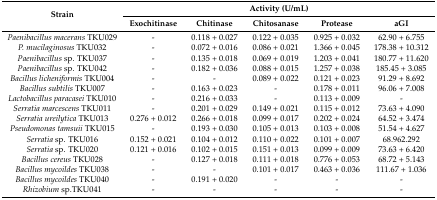
<table><thead><tr><td rowspan="2"><b>Strain</b></td><td colspan="5"><b>Activity (U/mL)</b></td></tr><tr><td><b>Exochitinase</b></td><td><b>Chitinase</b></td><td><b>Chitosanase</b></td><td><b>Protease</b></td><td><b>aGI</b></td></tr></thead><tbody><tr><td><i>Paenibacillus macerans</i> TKU029</td><td>-</td><td>0.118 + 0.027</td><td>0.122 + 0.035</td><td>0.925 + 0.032</td><td>62.90 + 6.755</td></tr><tr><td><i>P. mucilaginosus</i> TKU032</td><td>-</td><td>0.072 + 0.016</td><td>0.086 + 0.021</td><td>1.366 + 0.045</td><td>178.38 + 10.312</td></tr><tr><td><i>Paenibacillus</i> sp. TKU037</td><td>-</td><td>0.135 + 0.018</td><td>0.069 + 0.019</td><td>1.203 + 0.041</td><td>180.77 + 11.620</td></tr><tr><td><i>Paenibacillus</i> sp. TKU042</td><td>-</td><td>0.182 + 0.036</td><td>0.088 + 0.015</td><td>1.257 + 0.038</td><td>185.45 + 3.085</td></tr><tr><td><i>Bacillus licheniformis</i> TKU004</td><td>-</td><td>-</td><td>0.089 + 0.022</td><td>0.121 + 0.023</td><td>91.29 + 8.692</td></tr><tr><td><i>Bacillus subtilis</i> TKU007</td><td>-</td><td>0.163 + 0.023</td><td>-</td><td>0.178 + 0.011</td><td>96.06 + 7.008</td></tr><tr><td><i>Lactobacillus paracasei</i> TKU010</td><td>-</td><td>0.216 + 0.033</td><td>-</td><td>0.113 + 0.009</td><td>-</td></tr><tr><td><i>Serratia marcescens</i> TKU011</td><td>-</td><td>0.201 + 0.029</td><td>0.149 + 0.021</td><td>0.115 + 0.012</td><td>73.63 + 4.090</td></tr><tr><td><i>Serratia ureilytica</i> TKU013</td><td>0.276 + 0.012</td><td>0.266 + 0.018</td><td>0.099 + 0.017</td><td>0.202 + 0.024</td><td>64.52 + 3.474</td></tr><tr><td><i>Pseudomonas tamsuii</i> TKU015</td><td>-</td><td>0.193 + 0.030</td><td>0.105 + 0.013</td><td>0.103 + 0.008</td><td>51.54 + 4.627</td></tr><tr><td><i>Serratia</i> sp. TKU016</td><td>0.152 + 0.021</td><td>0.104 + 0.012</td><td>0.110 + 0.022</td><td>0.101 + 0.007</td><td>68.962.292</td></tr><tr><td><i>Serratia</i> sp. TKU020</td><td>0.121 + 0.016</td><td>0.102 + 0.015</td><td>0.151 + 0.013</td><td>0.099 + 0.009</td><td>73.63 + 6.420</td></tr><tr><td><i>Bacillus cereus</i> TKU028</td><td>-</td><td>0.127 + 0.018</td><td>0.111 + 0.018</td><td>0.776 + 0.053</td><td>68.72 + 5.143</td></tr><tr><td><i>Bacillus mycoildes</i> TKU038</td><td>-</td><td>-</td><td>0.101 + 0.017</td><td>0.463 + 0.036</td><td>111.67 + 1.036</td></tr><tr><td><i>Bacillus mycoildes</i> TKU040</td><td>-</td><td>0.191 + 0.020</td><td>-</td><td>-</td><td>-</td></tr><tr><td><i>Rhizobium</i> sp.TKU041</td><td>-</td><td>-</td><td>-</td><td>-</td><td>-</td></tr></tbody></table>